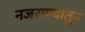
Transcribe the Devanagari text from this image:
नजराण्यातून